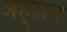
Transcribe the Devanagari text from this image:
अह्सन